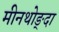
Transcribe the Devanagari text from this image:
मीनथोङ्दा